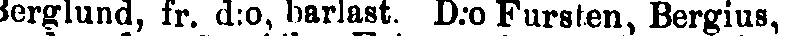
Berglund, fr. d:o, barlast. D.o Fursten, Bergius,